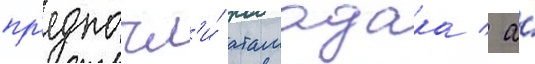
пр'едпочл'и́ атамадака / а́